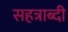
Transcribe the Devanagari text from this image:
सहत्राब्दी